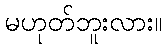
မဟုတ်ဘူးလား။